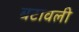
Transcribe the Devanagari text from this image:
बटावली